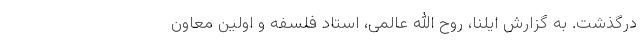
درگذشت. به گزارش ایلنا، روح الله عالمی، استاد فلسفه و اولین معاون